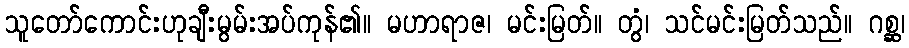
သူတော်ကောင်းဟုချီးမွမ်းအပ်ကုန်၏။ မဟာရာဇ၊ မင်းမြတ်။ တွံ၊ သင်မင်းမြတ်သည်။ ဂစ္ဆ၊